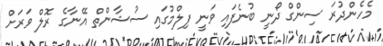
މެހެންދުރަ ސިންގް ދޯނީ ބުނެފައި ވަނީ ފިލްމުގައި ސުޝާންތް އޭނާގެ ރޮލް ވަރަށް